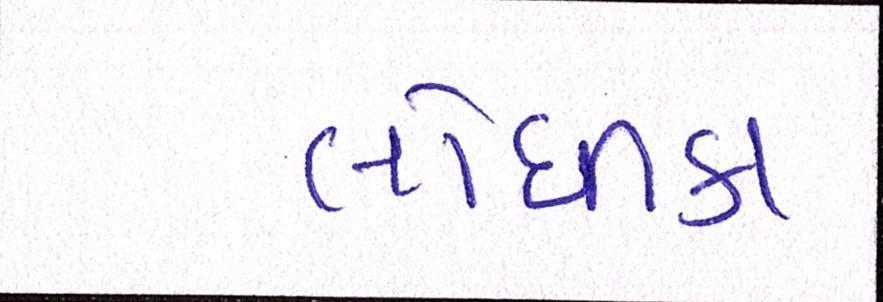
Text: લોધીકા